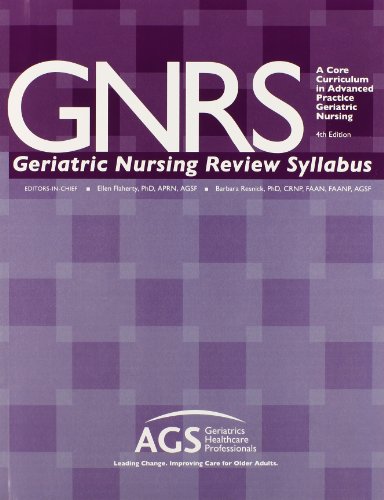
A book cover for Gnrs Geriatric Nursing Review Syllabus: A Core Curriculum in Advanced Practice Geriatric Nursing; Ags; Medical Books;